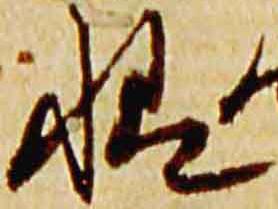
様